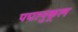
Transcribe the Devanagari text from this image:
पद्यानुकूल